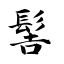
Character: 髻